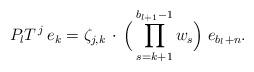
LaTeX: \begin{align*}P_{l}T^{\,j}\,e_{k}=\zeta _{j,k}\,\cdot\,\Big(\prod_{s=k+1}^{b_{l+1}-1}w_{s}\Big)\; e_{b_{l}+n }.\end{align*}